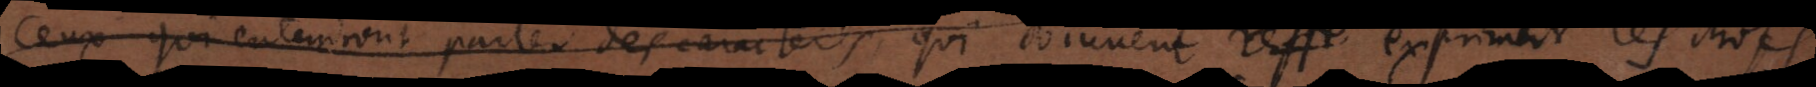
Ceux qui entendront parler des caracteres, qui doiuvent resse exprimer les choses